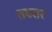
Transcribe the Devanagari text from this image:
तडसर